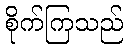
စိုက်ကြသည်